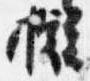
擬